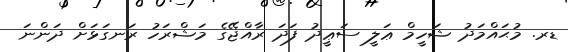
ޑރ. މުޙައްމަދު ޝަހީމް ޢަލީ ސަޢީދު ފަދަ ރާއްޖޭގެ މަޝްރަހު ރަނގަޅަށް ދަންނަ